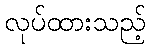
လုပ်ထားသည့်